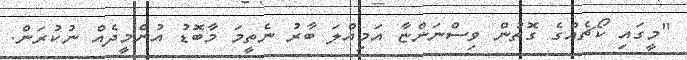
"މީގައި ކޯޗެއްގެ ގޮތުން ވިސްނަންޏާ އަމިއްލަ ބާރު ނެތީމަ މާބޮޑު އުންމީދެއް ނުކުރަން.